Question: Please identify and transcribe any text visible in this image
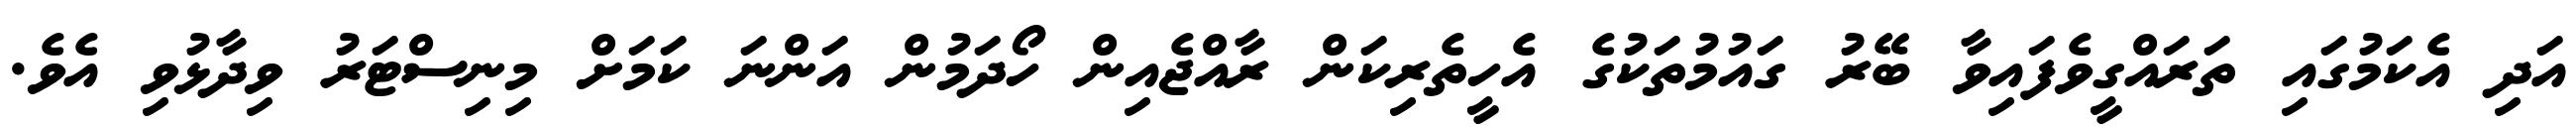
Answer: އަދި އެކަމުގައި ތަރައްގީވެފައިވާ ބޭރު ގައުމުތަކުގެ އެހީތެރިކަން ރާއްޖެއިން ހޯދަމުން އަންނަ ކަމަށް މިނިސްޓަރު ވިދާޅުވި އެވެ.